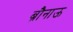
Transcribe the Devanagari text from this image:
ब्रौनाऊ